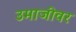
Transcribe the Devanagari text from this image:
उमाजीवर